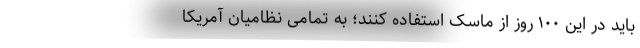
باید در این ۱۰۰ روز از ماسک استفاده کنند؛ به تمامی نظامیان آمریکا